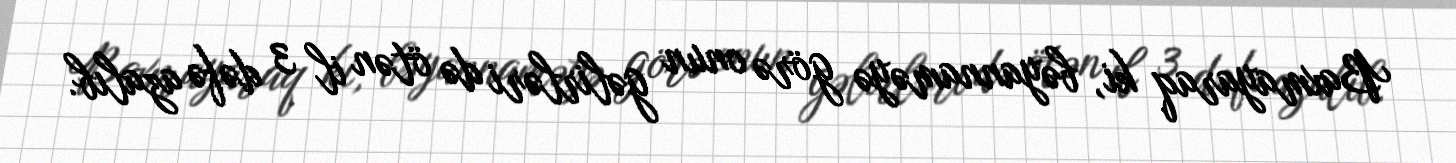
Baxmayaraq ki, bəyannaməyə görə onun gəlirləri də ötən il 3 dəfə azalıb.